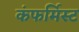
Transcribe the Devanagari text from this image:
कंफर्मिस्ट